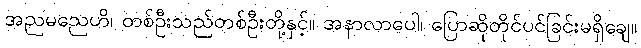
အညမညေဟိ၊ တစ်ဦးသည်တစ်ဦးတို့နှင့်။ အနာလာပေါ၊ ပြောဆိုတိုင်ပင်ခြင်းမရှိချေ။